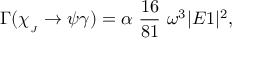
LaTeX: \Gamma ( \chi _ { _ { J } } \rightarrow \psi \gamma ) = \alpha ~ \frac { 1 6 } { 8 1 } ~ \omega ^ { 3 } | E 1 | ^ { 2 } ,